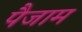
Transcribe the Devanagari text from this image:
पैजाम